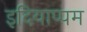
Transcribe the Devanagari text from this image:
इदियाप्पम